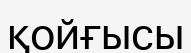
қойғысы